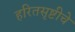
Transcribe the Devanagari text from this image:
हरितसृष्टीचे